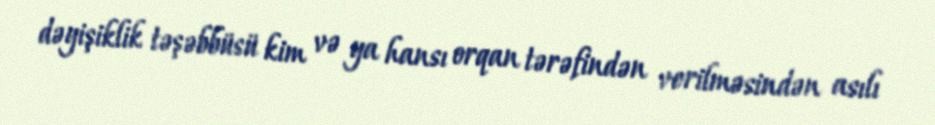
dəyişiklik təşəbbüsü kim və ya hansı orqan tərəfindən verilməsindən asılı